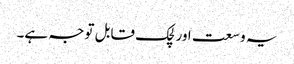
یہ وسعت اور لچک قابل توجہ ہے۔